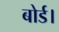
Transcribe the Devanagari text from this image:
बोर्ड।